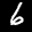
Label: 6